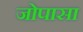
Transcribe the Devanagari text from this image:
जोपासा